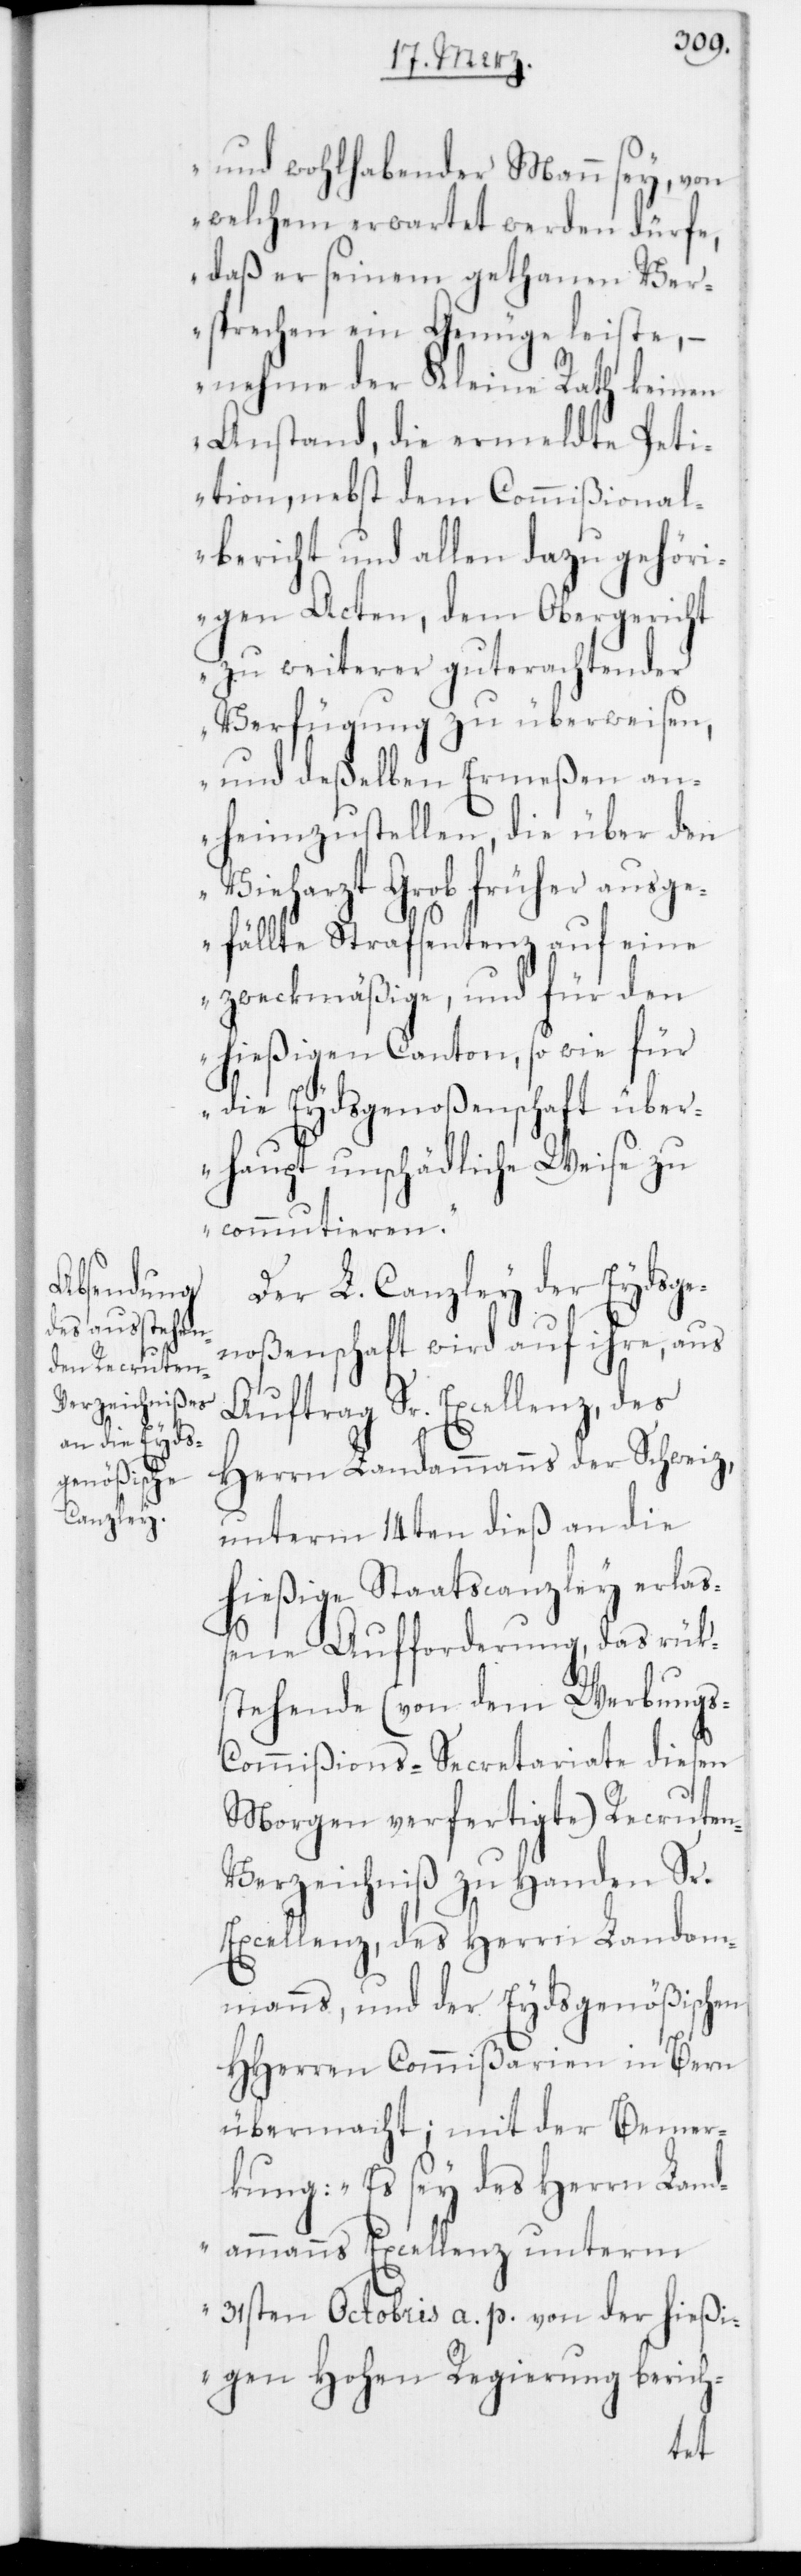
und wohlhabender Mann sey, von
welchem erwartet werden dürfe,
daß er seinem gethanen Ver¬
sprechen ein Genüge leiste, –
nehme der Kleine Rath keinen
Anstand, die ermeldte Peti¬
tion, nebst dem Commißional¬
bericht und allen dazu gehöri¬
gen Acten, dem Obergericht
zu weiterer guterachtender
Verfügung zu überweisen,
und deßelben Ermeßen an¬
heimzustellen, die über den
Vieharzt Grob früher ausg¬
efällte Strafsentenz auf eine
zweckmäßige, und für den
hießigen Canton, so wie für
die Eydsgenoßenschaft über¬
haupt unschädliche Weise zu
commutieren.“
Der L. Canzley der Eydsge¬
noßenschaft wird auf ihre, aus
Auftrag Sr. Excellenz, des
Herrn Landammanns der Schweiz,
unterm 14ten dieß an die
hießige Staatscanzley erlaß¬
ene Aufforderung, das rüks¬
tehende (von dem Werbungs-C¬
ommißions-Secretariate diesen
Morgen verfertigte) Recrute¬
n-Verzeichniß zu Handen Sr.
Excellenz, des Herrn Landam¬
manns, und der Eydsgenößischen
HHerren Commißarien in Bern
übermacht; mit der Bemer¬
kung: „Es sey des Herrn Land¬
ammanns Excellenz unterm
31sten Octobris a. p. von der hießi¬
gen Hohen Regierung berich-